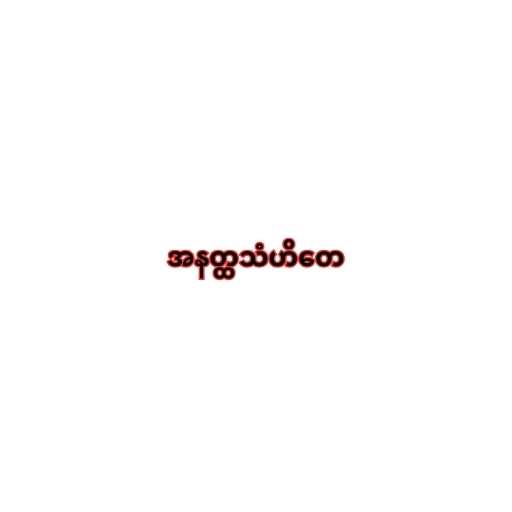
အနတ္ထသံဟိတေ